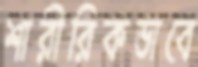
শারীরিকভাবে